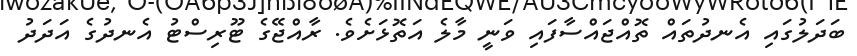
ބަދަލުގައި އެނދުތައް ތޮއްޖައްސާފައި ވަނީ މާލެ އަތޮޅަށެވެ. ރާއްޖޭގެ ޓޫރިސްޓު އެނދުގެ އަދަދު